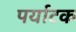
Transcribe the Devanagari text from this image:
पर्याटक